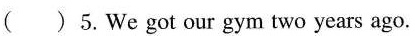
()5.We got our gym two years ago.